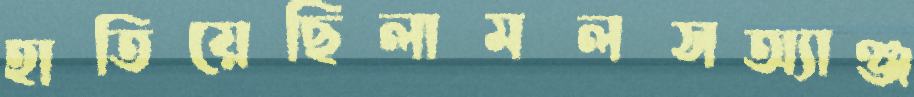
হাতিয়েছিলামলসঅ্যাঞ্জ